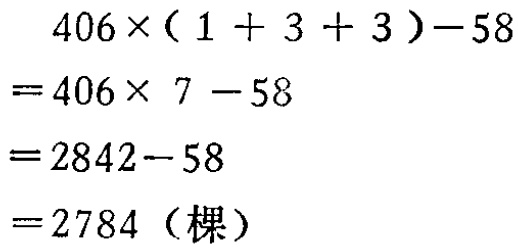
\[
\begin{align*}
&406\times(1 + 3 + 3)-58\\
=&406\times 7 - 58\\
=&2842 - 58\\
=&2784 (\text{棵})
\end{align*}
\]